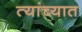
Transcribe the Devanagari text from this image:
त्‍यांच्‍यात